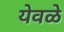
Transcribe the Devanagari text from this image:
येवळे